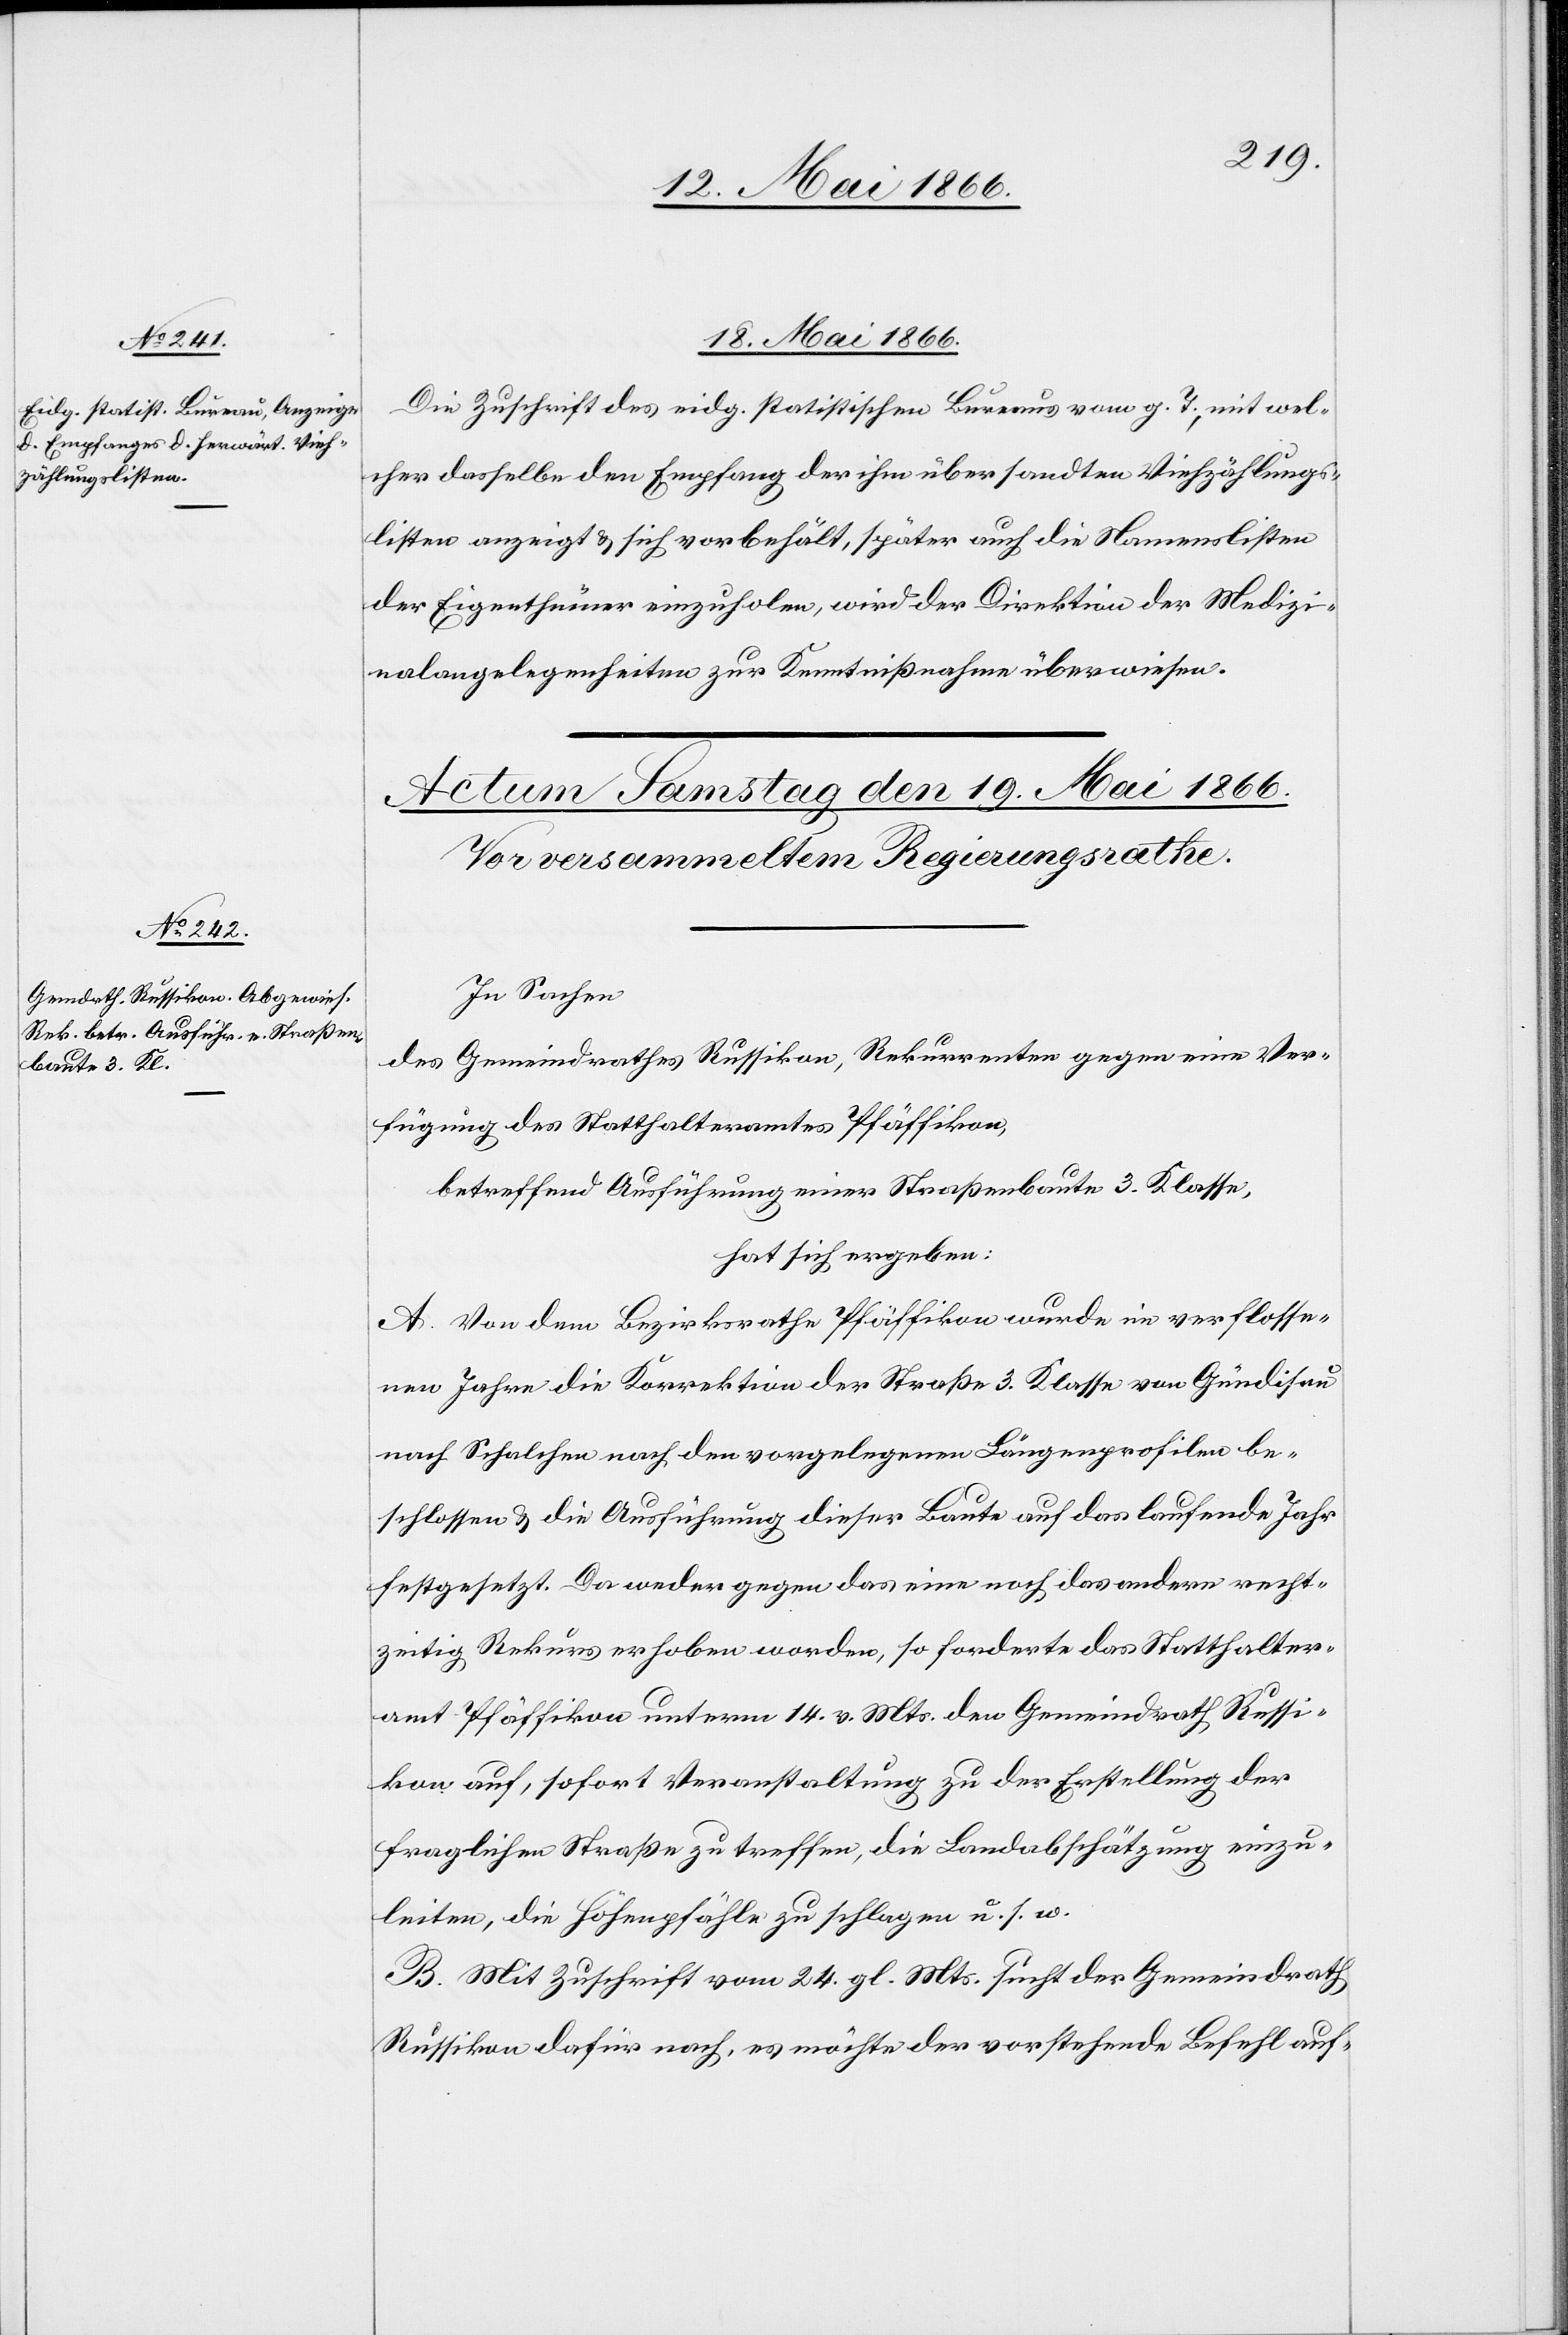
18. Mai 1866.
Die Zuschrift des eidg. statistischen Bureaus vom g. T., mit wel¬
cher dasselbe den Empfang der ihm übersandten Viehzählungs¬
listen anzeigt u. sich vorbehält, später auch die Namenslisten
der Eigenthümer einzuholen, wird der Direktion der Medizi¬
nalangelegenheiten zur Kenntnißnahme überwiesen.
In Sachen
des Gemeindrathes Russikon, Rekurrenten gegen eine Ver¬
fügung des Statthalteramtes Pfäffikon,
betreffend Ausführung einer Straßenbaute 3. Klasse,
hat sich ergeben:
A. von dem Bezirksrathe Pfäffikon wurde im verflosse¬
nen Jahre die Korrektion der Straße 3. Klasse von Gündisau
nach Schalchen nach den vorgelegenen Längenprofilen be¬
schlossen u. die Ausführung dieser Baute auf das laufende Jahr
festgesetzt. Da weder gegen das eine noch das andere recht¬
zeitig Rekurs erhoben worden, so forderte das Statthalter¬
amt Pfäffikon unterm 14. v. Mts. den Gemeindrath Russi¬
kon auf, sofort Veranstaltung zu der Erstellung der
fraglichen Straße zu treffen, die Landabschätzung einzu¬
leiten, die Höhenpfähle zu schlagen u. s. w.
B. Mit Zuschrift vom 24. gl. Mts. sucht der Gemeindrath
Russikon dafür nach, es möchte der vorstehende Befehl auf-